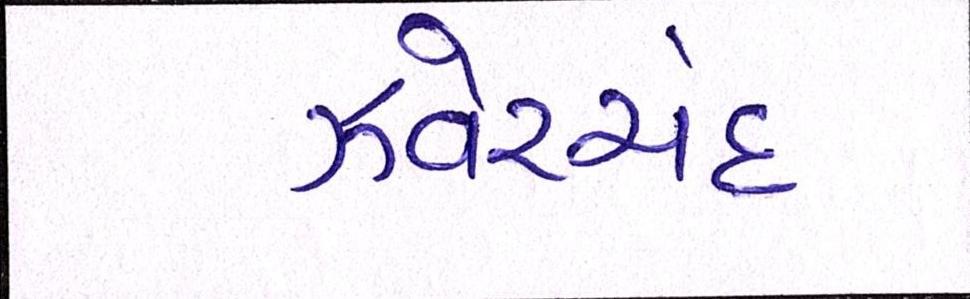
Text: ઝવેરચંદ